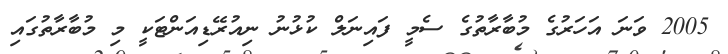
2005 ވަނަ އަހަރުގެ މުބާރާތުގެ ސެމީ ފައިނަލް ކުޅުނު ނިއުރޭޑިއަންޓަކީ މި މުބާރާތުގައި